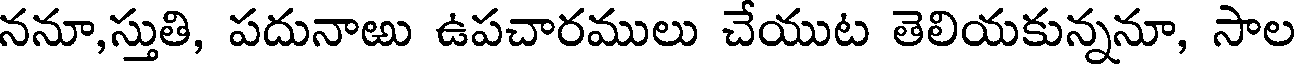
ననూ,స్తుతి, పదునాఱు ఉపచారములు చేయుట తెలియకున్ననూ, సాల